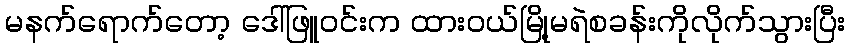
မနက်ရောက်တော့ ဒေါ်ဖြူဝင်းက ထားဝယ်မြို့မရဲစခန်းကိုလိုက်သွားပြီး